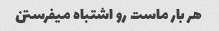
هر بار ماست رو اشتباه میفرستن